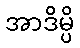
အာဒိမ္ပိ